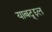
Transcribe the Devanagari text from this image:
याबद्द्दल